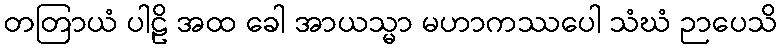
တတြာယံ ပါဠိ အထ ခေါ အာယသ္မာ မဟာကဿပေါ သံဃံ ဉာပေသိ